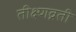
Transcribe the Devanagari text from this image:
तीक्ष्णव्रती